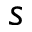
s